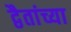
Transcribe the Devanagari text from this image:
द्वैतांच्या